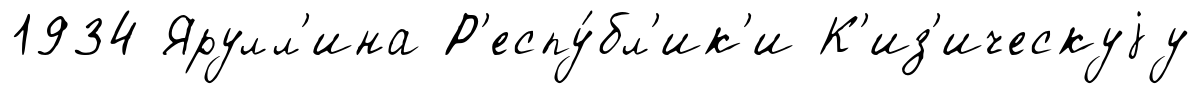
1934 Ярулл'ина Р'еспу́бл'ик'и К'из'ическуjу